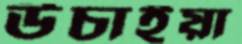
উচাইয়া